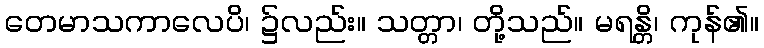
တေမာသကာလေပိ၊ ၌လည်း။ သတ္တာ၊ တို့သည်။ မရန္တိ၊ ကုန်၏။